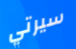
سيرتي